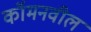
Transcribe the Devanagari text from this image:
कॉमनवील